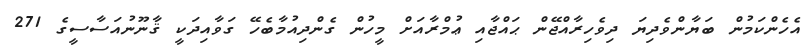
އެހެންކަމުން ބަޔާންވެދިޔަ ދިވެހިރާއްޖޭން ޙައްޖާއި ޢުމްރާއަށް މީހުން ގެންދިއުމާބެހޭ ގަވާއިދަކީ ޤާނޫނުއަސާސީގެ 271